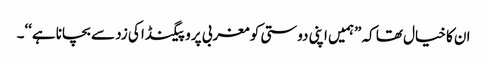
ان کا خیال تھا کہ ”ہمیں اپنی دوستی کو مغربی پروپیگنڈا کی زد سے بچانا ہے‘‘۔